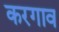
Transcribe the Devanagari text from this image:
करगाव